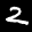
Label: 2